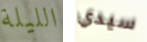
الليلة سيدي